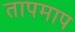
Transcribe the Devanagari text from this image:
तापमाप